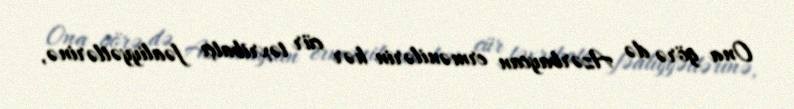
Ona görə də Azərbaycan ermənilərin hər cür təxribatçı fəaliyyətlərinə,